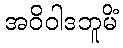
အဝိဝါဒဘူမိံ